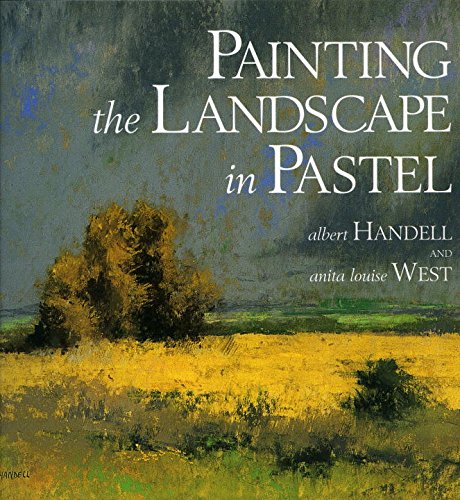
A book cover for Painting the Landscape in Pastel; Albert Handell; Arts & Photography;